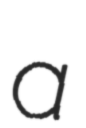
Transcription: a